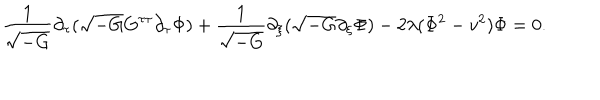
\frac { 1 } { \sqrt { - G } } \partial _ { \tau } ( \sqrt { - G } G ^ { \tau \tau } \partial _ { \tau } \Phi ) + \frac { 1 } { \sqrt { - G } } \partial _ { \xi } ( \sqrt { - G } \partial _ { \xi } \Phi ) - 2 \lambda ( \Phi ^ { 2 } - v ^ { 2 } ) \Phi = 0 .